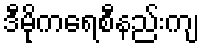
ဒီမိုကရေစီနည်းကျ